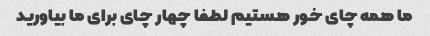
ما همه چای خور هستیم لطفا چهار چای برای ما بیاورید